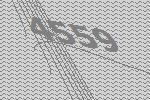
4559